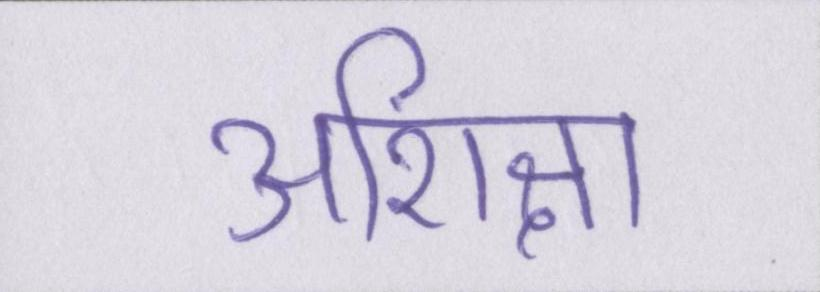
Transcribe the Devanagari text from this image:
अशिक्षा